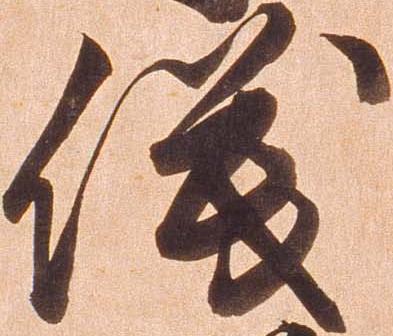
儀